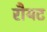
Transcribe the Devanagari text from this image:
रौयट